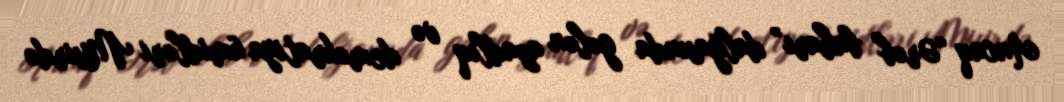
Ancaq “Ərəb baharı” dalğasında gələn azadlıq və demokratiya ümidləri Misirdə